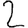
Digit: 2